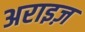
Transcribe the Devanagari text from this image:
अराइज़